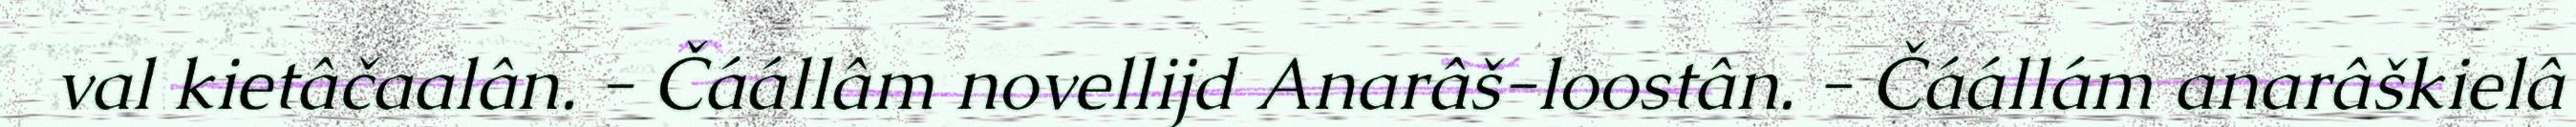
val kietâčaalân. - Čáállâm novellijd Anarâš-loostân. - Čáállám anarâškielâ